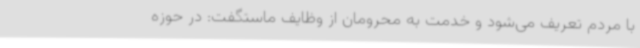
با مردم تعریف می‌شود و خدمت به محرومان از وظایف ماستگفت: در حوزه